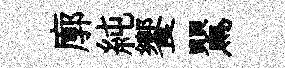
廓純饗鸎